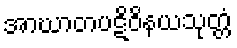
အာဃာတပဋိဝိနယသုတ္တံ